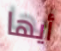
أيها